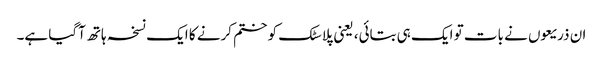
ان ذریعوں نے بات تو ایک ہی بتائی، یعنی پلاسٹک کو ختم کرنے کا ایک نسخہ ہاتھ آگیا ہے۔